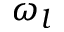
\omega _ { l }